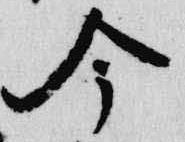
今